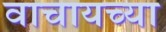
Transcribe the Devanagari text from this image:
वाचायच्या